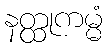
နတ္ထုကမ္မံ